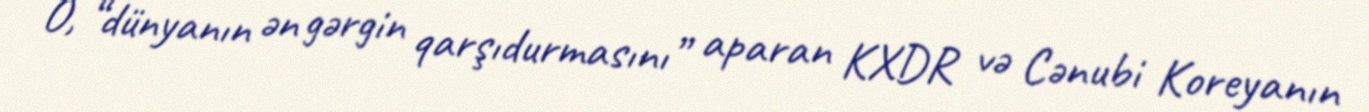
O, “dünyanın ən gərgin qarşıdurmasını” aparan KXDR və Cənubi Koreyanın